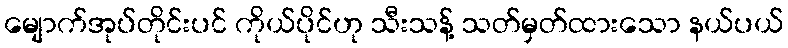
မျောက်အုပ်တိုင်းပင် ကိုယ်ပိုင်ဟု သီးသန့် သတ်မှတ်ထားသော နယ်ပယ်